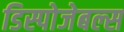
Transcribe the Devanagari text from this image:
डिस्पोजेबल्स